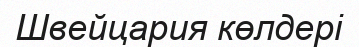
Швейцария көлдері